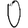
Digit: 0